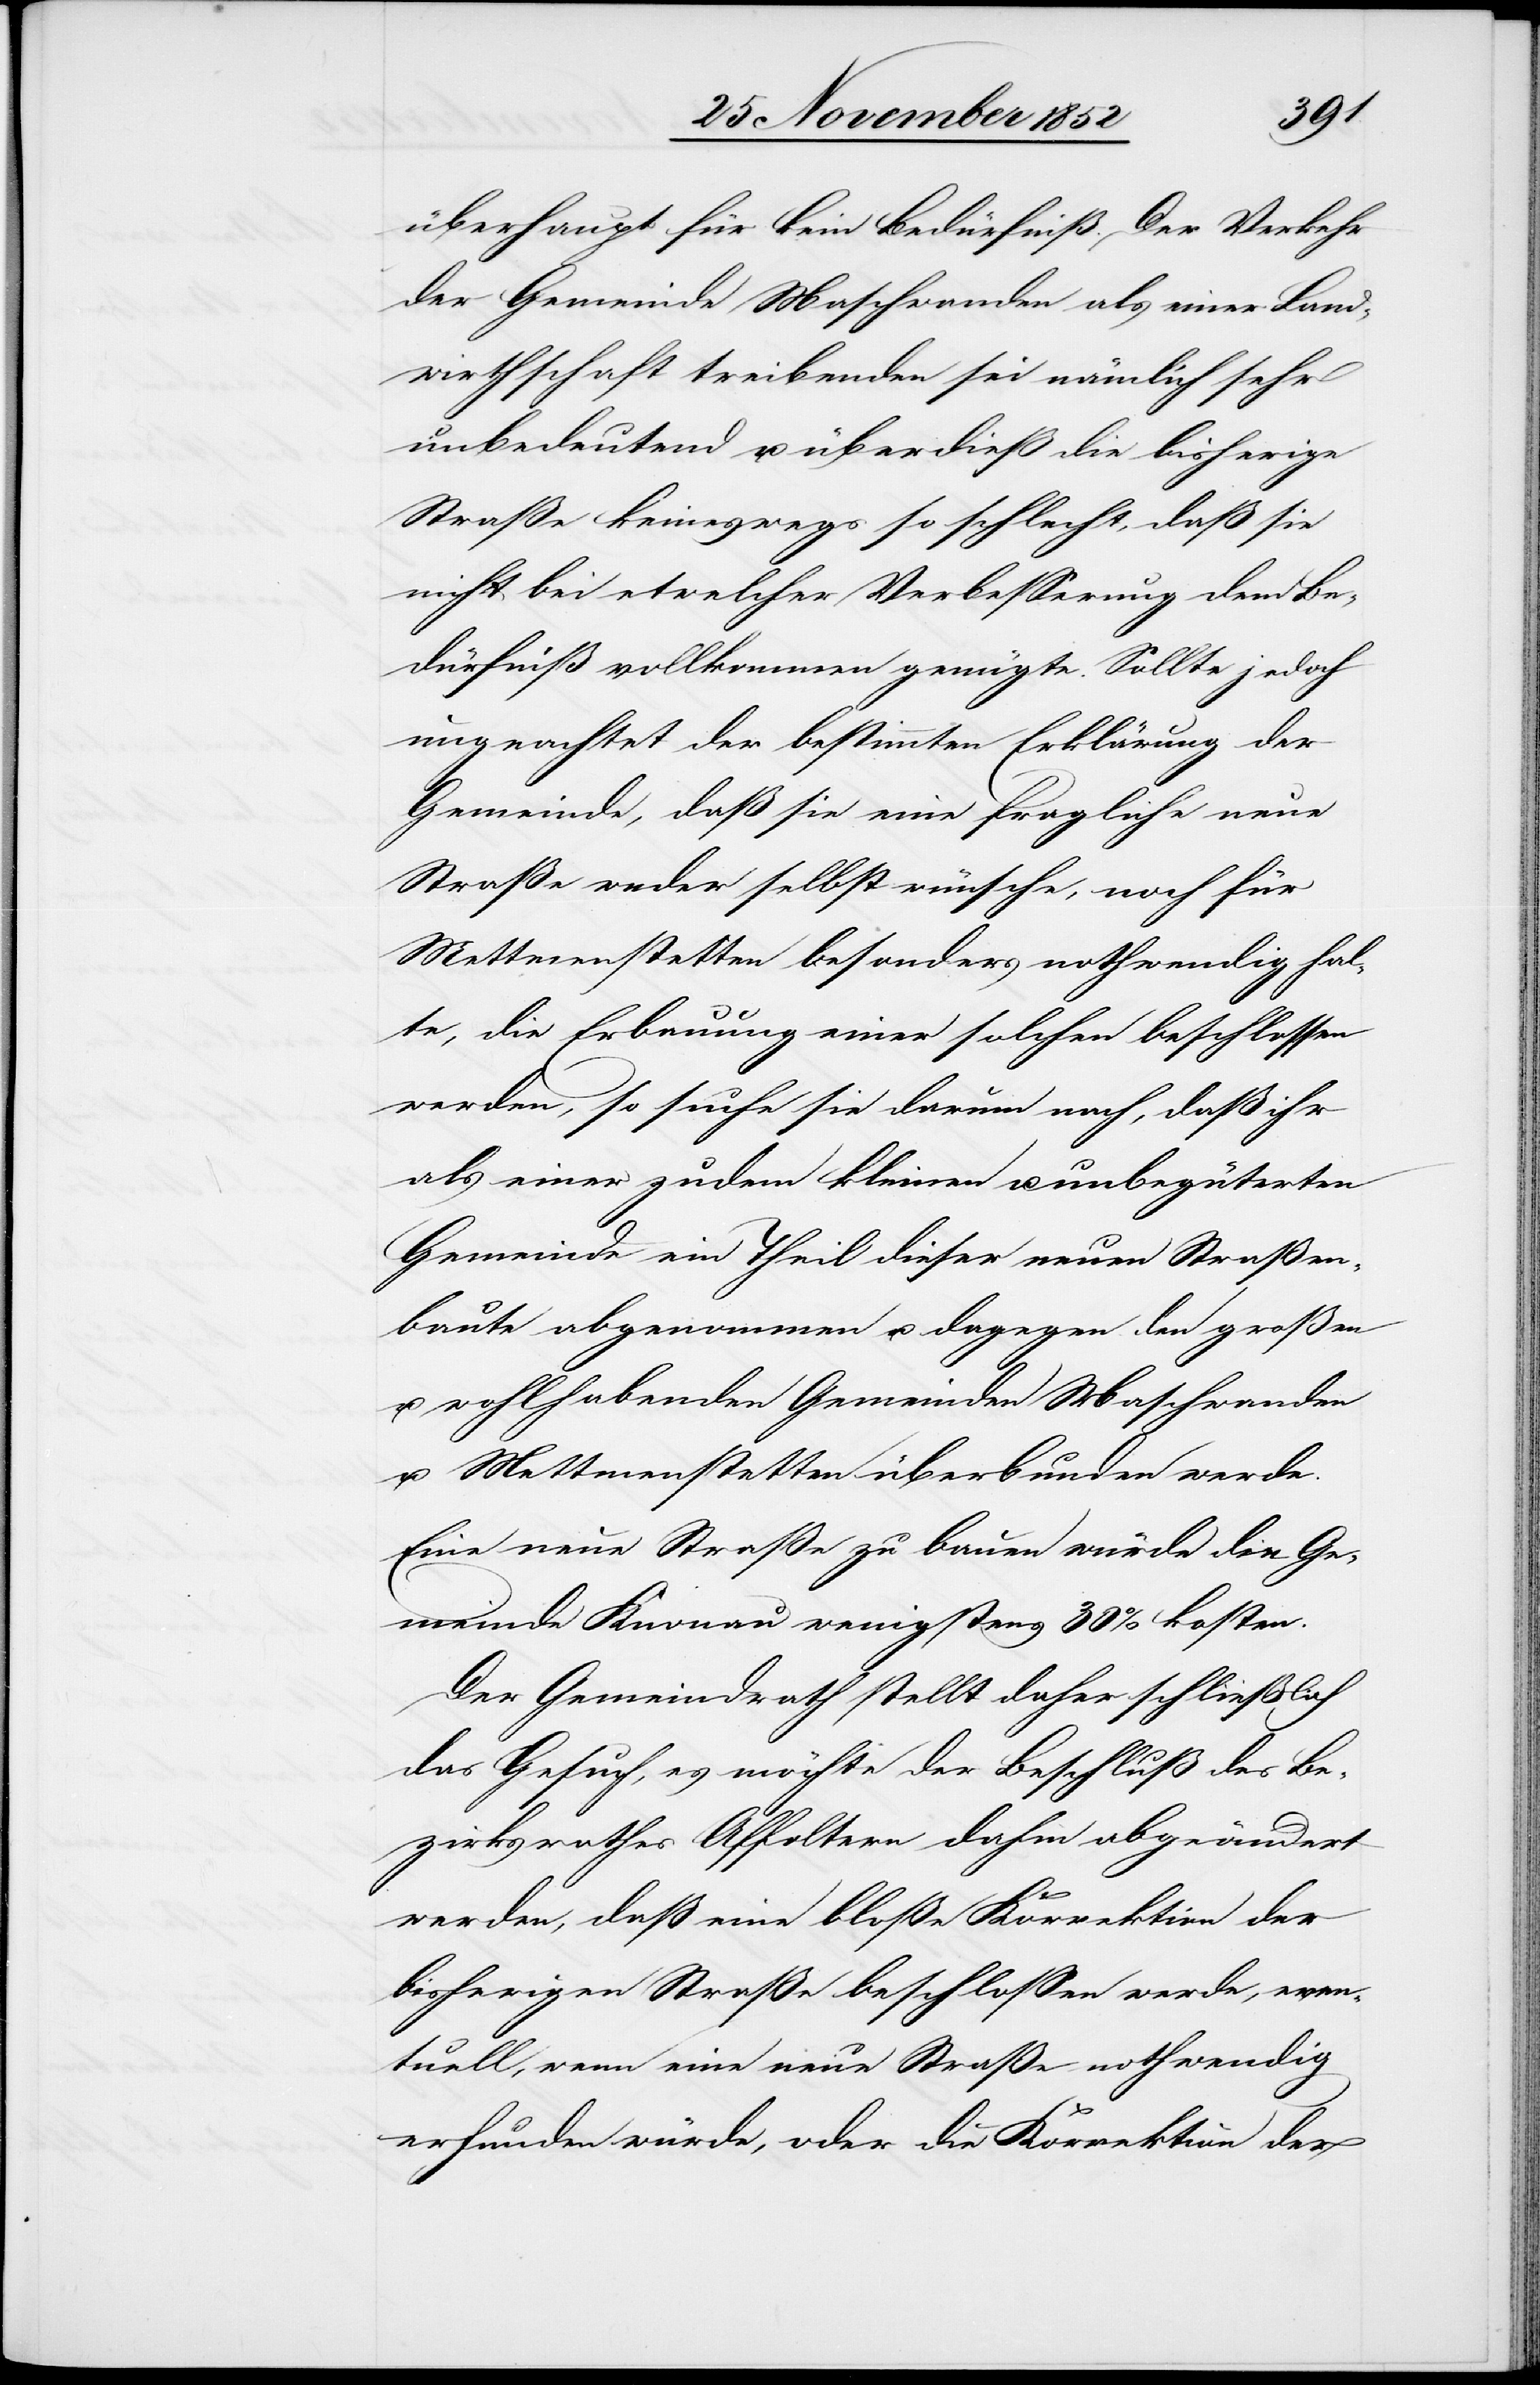
überhaupt für kein Bedürfniß. Der Verkehr
der Gemeinde Maschwanden als einer Land¬
wirthschaft treibenden sei nämlich sehr
unbedeutend u. überdieß die bisherige
Straße keineswegs so schlecht, daß sie
nicht bei etwelcher Verbesserung dem Be¬
dürfniß vollkommen genügte. Sollte jedoch
ungeachtet der bestimmten Erklärung der
Gemeinde, daß sie eine fragliche neue
Straße weder selbst wünsche, noch für
Mettmenstetten besonders nothwendig hal¬
te, die Erbauung einer solchen beschlossen
werden, so suche sie darum nach, daß ihr
als einer zudem kleinen u. unbegüterten
Gemeinde ein Theil dieser neuen Straßen¬
baute abgenommen u. dagegen den großen
u. wohlhabenden Gemeinden Maschwanden
u. Mettmenstetten überbunden werde.
Eine neue Straße zu bauen würde die Ge¬
meinde Knonau wenigstens 30% kosten.
Der Gemeindrath stellt daher schließlich
das Gesuch, es möchte der Beschluß des Be¬
zirksrathes Affoltern dahin abgeändert
werden, daß eine bloße Korrektion der
bisherigen Straße beschlossen werde, even¬
tuell, wenn eine neue Straße nothwendig
erfunden würde, oder die Korrektion der